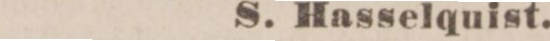
S. Hasselquist.